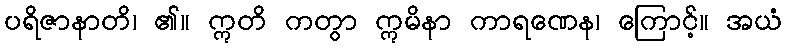
ပရိဇာနာတိ၊ ၏။ ဣတိ ကတွာ ဣမိနာ ကာရဏေန၊ ကြောင့်။ အယံ